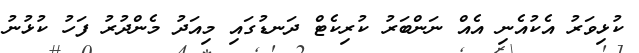
ކުޅިވަރު އެކުއެނި އެއް ނަންބަރު ކުރިކެޓް ދަނޑުގައި މިއަދު މެންދުރު ފަހު ކުޅުނު